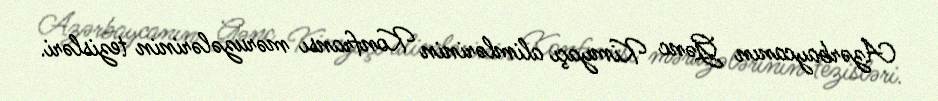
Azərbaycanın Gənc Kimyaçı alimlərinin Konfransı məruzələrinin tezisləri.